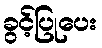
ခွင့်ပြုပေး